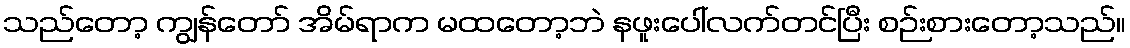
သည်တော့ ကျွန်တော် အိမ်ရာက မထတော့ဘဲ နဖူးပေါ်လက်တင်ပြီး စဉ်းစားတော့သည်။